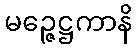
မဉ္ဇေဋ္ဌကာနိ